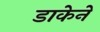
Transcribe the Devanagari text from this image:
डाकेने